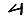
Digit: 4